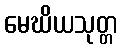
မေဃိယသုတ္တ